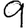
Digit: 9